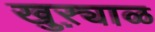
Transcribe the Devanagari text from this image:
खुऱ्याळ